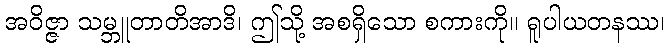
အဝိဇ္ဇာ သမ္ဘူတာတိအာဒိ၊ ဤသို့ အစရှိသော စကားကို။ ရူပါယတနဿ၊